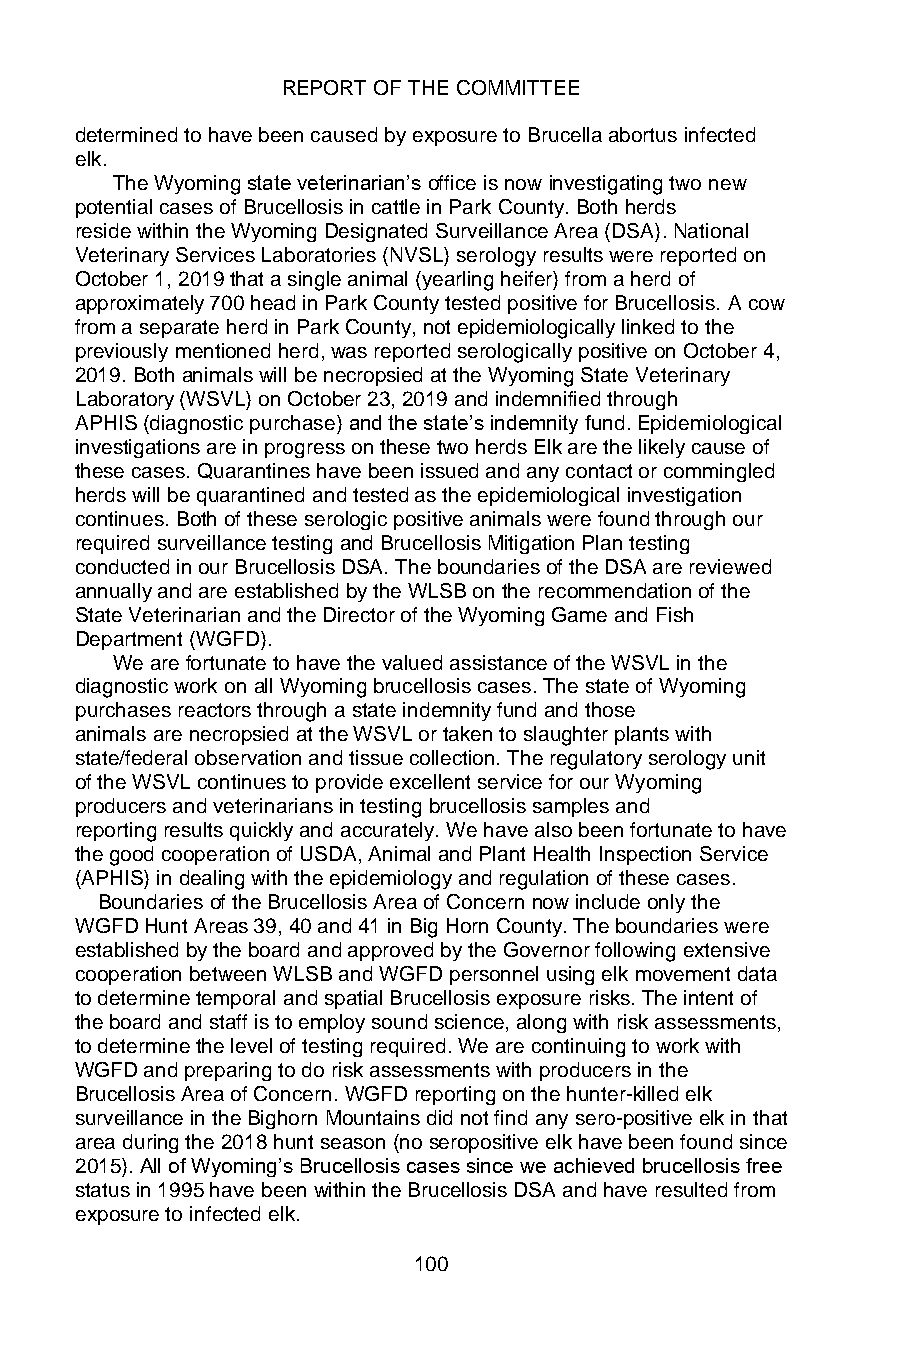
REPORT OF THE COMMITTEE
 determined to have been caused by exposure to Brucella abortus infected
 elk.
 The Wyoming state veterinarian’s office is now investigating two new
 potential cases of Brucellosis in cattle in Park County. Both herds
 reside within the Wyoming Designated Surveillance Area (DSA). National
 Veterinary Services Laboratories (NVSL) serology results were reported on
 October 1, 2019 that a single animal (yearling heifer) from a herd of
 approximately 700 head in Park County tested positive for Brucellosis. A cow
 from a separate herd in Park County, not epidemiologically linked to the
 previously mentioned herd, was reported serologically positive on October 4,
 2019. Both animals will be necropsied at the Wyoming State Veterinary
 Laboratory (WSVL) on October 23, 2019 and indemnified through
 APHIS (diagnostic purchase) and the state’s indemnity fund. Epidemiological
 investigations are in progress on these two herds Elk are the likely cause of
 these cases. Quarantines have been issued and any contact or commingled
 herds will be quarantined and tested as the epidemiological investigation
 continues. Both of these serologic positive animals were found through our
 required surveillance testing and Brucellosis Mitigation Plan testing
 conducted in our Brucellosis DSA. The boundaries of the DSA are reviewed
 annually and are established by the WLSB on the recommendation of the
 State Veterinarian and the Director of the Wyoming Game and Fish
 Department (WGFD).
 We are fortunate to have the valued assistance of the WSVL in the
 diagnostic work on all Wyoming brucellosis cases. The state of Wyoming
 purchases reactors through a state indemnity fund and those
 animals are necropsied at the WSVL or taken to slaughter plants with
 state/federal observation and tissue collection. The regulatory serology unit
 of the WSVL continues to provide excellent service for our Wyoming
 producers and veterinarians in testing brucellosis samples and
 reporting results quickly and accurately. We have also been fortunate to have
 the good cooperation of USDA, Animal and Plant Health Inspection Service
 (APHIS) in dealing with the epidemiology and regulation of these cases.
 Boundaries of the Brucellosis Area of Concern now include only the
 WGFD Hunt Areas 39, 40 and 41 in Big Horn County. The boundaries were
 established by the board and approved by the Governor following extensive
 cooperation between WLSB and WGFD personnel using elk movement data
 to determine temporal and spatial Brucellosis exposure risks. The intent of
 the board and staff is to employ sound science, along with risk assessments,
 to determine the level of testing required. We are continuing to work with
 WGFD and preparing to do risk assessments with producers in the
 Brucellosis Area of Concern. WGFD reporting on the hunter-killed elk
 surveillance in the Bighorn Mountains did not find any sero-positive elk in that
 area during the 2018 hunt season (no seropositive elk have been found since
 2015). All of Wyoming’s Brucellosis cases since we achieved brucellosis free
 status in 1995 have been within the Brucellosis DSA and have resulted from
 exposure to infected elk.
 100